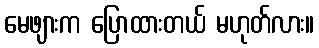
မေဖျားက ပြောထားတယ် မဟုတ်လား။